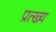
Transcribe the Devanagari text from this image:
प्रत्ख्य